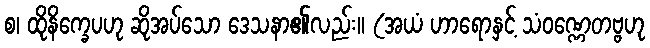
စ၊ ထိုနိက္ခေပဟု ဆိုအပ်သော ဒေသနာ၏လည်း။ (အယံ ဟာရောနှင့် သံဝဏ္ဏေတဗ္ဗဟု